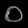
Digit: ၀